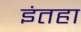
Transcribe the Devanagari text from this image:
इंतहा